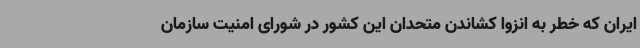
ایران که خطر به انزوا کشاندن متحدان این کشور در شورای امنیت سازمان